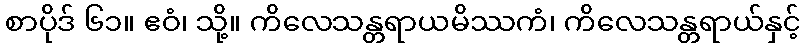
စာပိုဒ် ၆၁။ ဧဝံ၊ သို့။ ကိလေသန္တရာယမိဿကံ၊ ကိလေသန္တရာယ်နှင့်